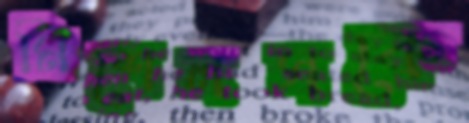
মিশেলসকে